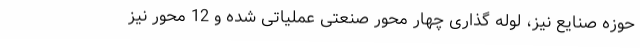
حوزه صنایع نیز، لوله گذاری چهار محور صنعتی عملیاتی شده و 12 محور نیز